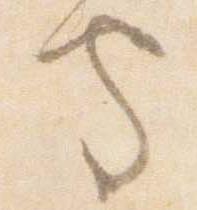
守